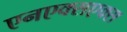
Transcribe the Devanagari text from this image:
एनएक्सएक्स